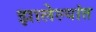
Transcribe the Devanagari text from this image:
झालेल्‍यांत